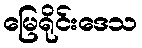
မြေရိုင်းဒေသ